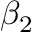
\beta _ { 2 }